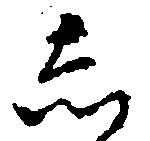
し